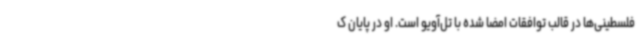
فلسطینی‌ها در قالب توافقات امضا شده با تل‌آویو است. او در پایان ک